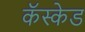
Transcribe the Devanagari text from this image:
कॅस्केड